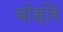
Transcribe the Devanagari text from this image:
बोहोरे